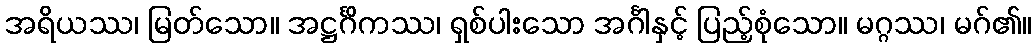
အရိယဿ၊ မြတ်သော။ အဋ္ဌင်္ဂိကဿ၊ ရှစ်ပါးသော အင်္ဂါနှင့် ပြည့်စုံသော။ မဂ္ဂဿ၊ မဂ်၏။